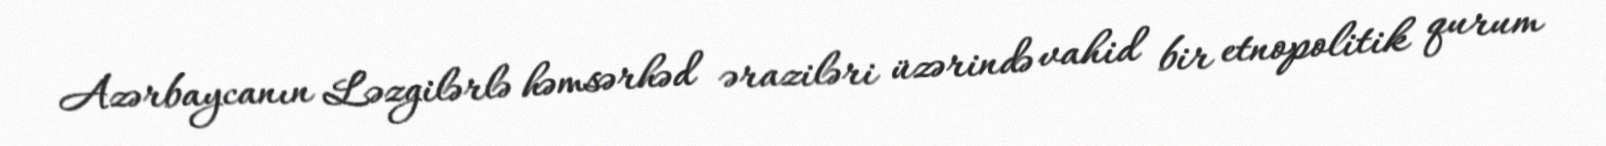
Azərbaycanın Ləzgilərlə həmsərhəd əraziləri üzərində vahid bir etnopolitik qurum